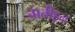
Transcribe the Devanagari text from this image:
जातीहून